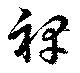
裨